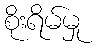
စိုးရိမ်မှု